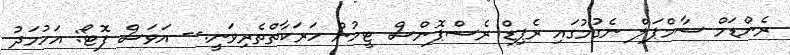
ރެންޑަމް ސާމްޕަލް ނެގުމުގައި ރެޕިޑް ރެސްޕޮންސް ޓީމުން ހަރަކާތްތެރިވަނީ.-- އަވަސް ފޮޓޯ: އަހުމަދު